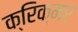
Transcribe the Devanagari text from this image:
क्रिक्मर